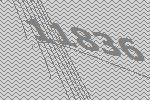
11836